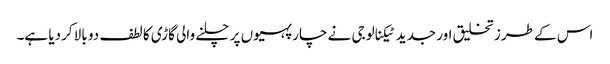
اس کے طرز تخلیق اور جدید ٹیکنالوجی نے چار پہیوں پر چلنے والی گاڑی کا لطف دو بالا کردیا ہے۔